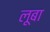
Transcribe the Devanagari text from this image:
लूबा